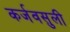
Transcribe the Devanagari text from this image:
कर्जवसुली